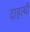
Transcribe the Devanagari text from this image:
दाहत्थी